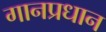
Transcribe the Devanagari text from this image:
गानप्रधान